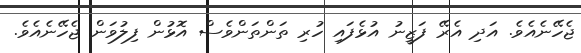
ޖެހޭނެއެވެ. އަދި އެރޭ ފަޒީނު އުޅެފައި ހުރި ތަންތަންވެސް އޮޅުން ފިލުވަން ޖެހޭނެއެވެ.